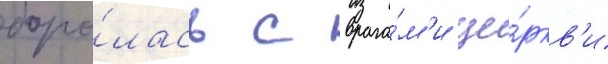
боро́лась с врага́м'и це́ркв'и